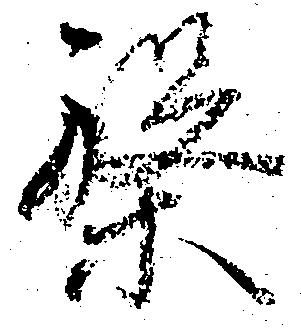
槃